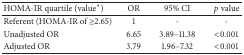
<table><thead><tr><td><b>HOMA-IR quartile (value<sup><i>∗</i></sup>)</b></td><td><b>OR</b></td><td><b>95% CI</b></td><td><b><i>p</i> value</b></td></tr></thead><tbody><tr><td>Referent (HOMA-IR of ≥2.65)</td><td>1</td><td>-</td><td>-</td></tr><tr><td>Unadjusted OR</td><td>6.65</td><td>3.89–11.38</td><td>&lt;0.001</td></tr><tr><td>Adjusted OR</td><td>3.79</td><td>1.96–7.32</td><td>&lt;0.001</td></tr></tbody></table>